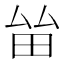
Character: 𤱊